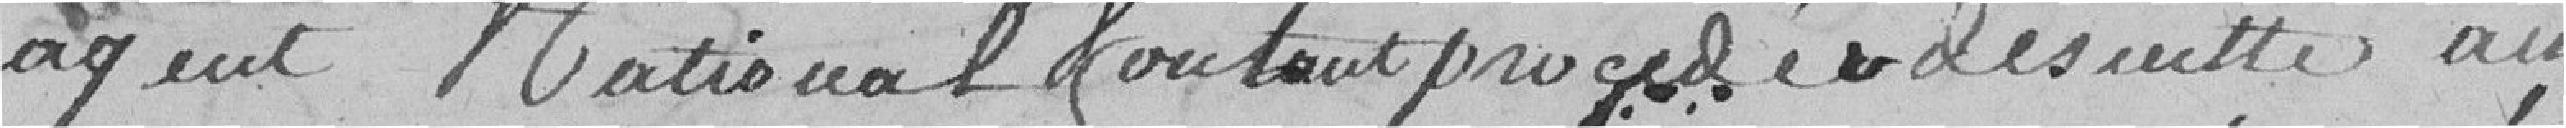
agent national voulant procéder de suite au